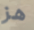
هز